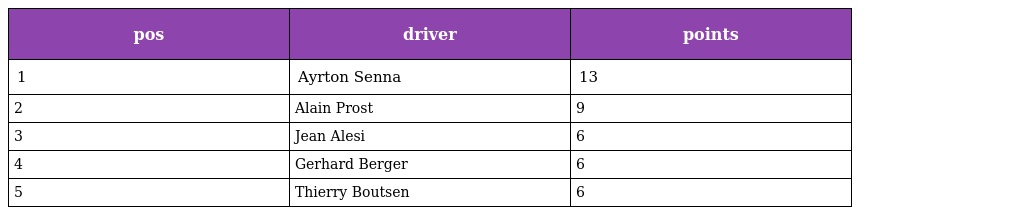
| pos | driver | points |
 | --- | --- | --- |
 | 1 | Ayrton Senna | 13 |
 | 2 | Alain Prost | 9 |
 | 3 | Jean Alesi | 6 |
 | 4 | Gerhard Berger | 6 |
 | 5 | Thierry Boutsen | 6 |